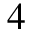
4